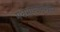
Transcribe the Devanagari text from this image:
मधमाश्यादेखील